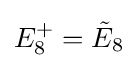
E_{8}^{+}={\tilde {E}}_{8}